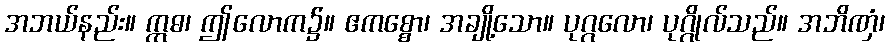
အဘယ်နည်း။ ဣဓ၊ ဤလောက၌။ ဧကစ္စော၊ အချို့သော။ ပုဂ္ဂလော၊ ပုဂ္ဂိုလ်သည်။ အဘိဏှံ၊